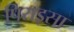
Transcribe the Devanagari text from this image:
पिराइसा